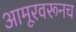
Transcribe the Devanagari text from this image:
आमूरवरूनच